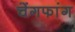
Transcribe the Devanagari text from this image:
चेंगफांग